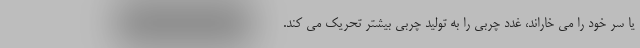
یا سر خود را می خاراند، غدد چربی را به تولید چربی بیشتر تحریک می کند.